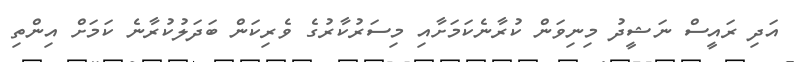
އަދި ރައީސް ނަޝީދު މިނިވަން ކުރާނެކަމަށާއި މިސަރުކާރުގެ ވެރިކަން ބަދަލުކުރާނެ ކަމަށް އިންތި